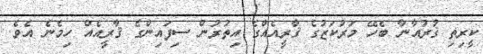
ކީރިތި ޤުރުއާނާ ބެހޭ މަރުކަޒުގެ ޤާރީއެއްގެ އިތުރުން ސިފައިންގެ ޤާރީއެއް ހިމެނެ އެވެ.